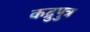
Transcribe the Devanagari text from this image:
कद्रुपुत्र